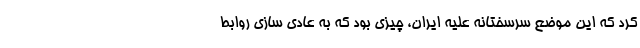
کرد که این موضع سرسختانه علیه ایران، چیزی بود که به عادی سازی روابط